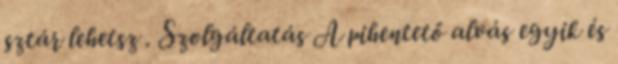
sztár lehetsz . Szolgáltatás A pihentető alvás egyik és